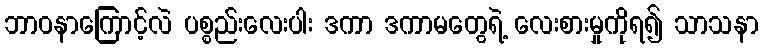
ဘာဝနာကြောင့်လဲ ပစ္စည်းလေးပါး ဒကာ ဒကာမတွေရဲ့ လေးစားမှုကိုရ၍ သာသနာ